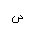
Letter: _sad